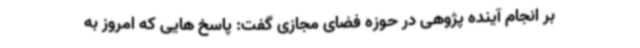
بر انجام آینده پژوهی در حوزه فضای مجازی گفت: پاسخ هایی که امروز به